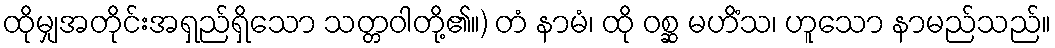
ထိုမျှအတိုင်းအရှည်ရှိသော သတ္တဝါတို့၏။) တံ နာမံ၊ ထို ဝစ္ဆ မဟိံသ၊ ဟူသော နာမည်သည်။